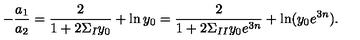
- { \frac { a _ { 1 } } { a _ { 2 } } } = { \frac { 2 } { 1 + 2 \Sigma _ { I } y _ { 0 } } } + \ln y _ { 0 } = { \frac { 2 } { 1 + 2 \Sigma _ { I I } y _ { 0 } e ^ { 3 n } } } + \ln ( y _ { 0 } e ^ { 3 n } ) .